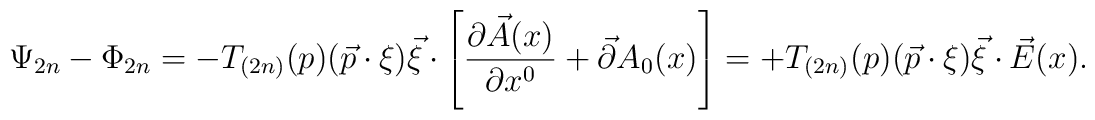
\Psi _{2n}-\Phi _{2n}=-T_{(2n)}(p)(\vec{p}\cdot \xi )\vec{\xi}\cdot \left[\frac{\partial \vec{A}(x)}{\partial x^{0}}+\vec{\partial}A_{0}(x)\right]=+T_{(2n)}(p)(\vec{p}\cdot \xi )\vec{\xi}\cdot \vec{E}(x).